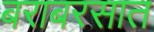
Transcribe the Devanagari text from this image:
बराबरसात